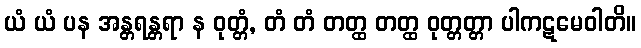
ယံ ယံ ပန အန္တရန္တရာ န ဝုတ္တံ, တံ တံ တတ္ထ တတ္ထ ဝုတ္တတ္တာ ပါကဋမေဝါတိ။